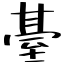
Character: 䑓